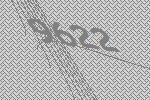
9622